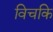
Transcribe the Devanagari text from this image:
विचकि